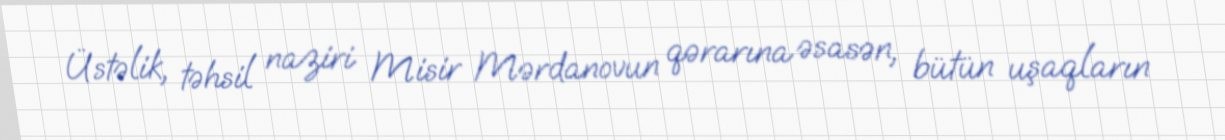
Üstəlik, təhsil naziri Misir Mərdanovun qərarına əsasən, bütün uşaqların